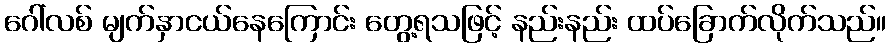
ဂေါ်လစ် မျက်နှာငယ်နေကြောင်း တွေ့ရသဖြင့် နည်းနည်း ထပ်ခြောက်လိုက်သည်။